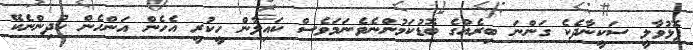
ފޮޅުވާލީ ސަކީނާދެކެ ގަންނަ ބިރެއްގެ ބޮޑުކަމުންނެވެ.ނަމަވެސް ކައިލާން ހީކުރީ އެހެން އަންހެން ކުދިންނެކޭ